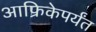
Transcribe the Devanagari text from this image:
आफ्रिकेपर्यंत